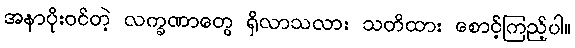
အနာပိုးဝင်တဲ့ လက္ခဏာတွေ ရှိလာသလား သတိထား စောင့်ကြည့်ပါ။